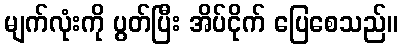
မျက်လုံးကို ပွတ်ပြီး အိပ်ငိုက် ပြေစေသည်။